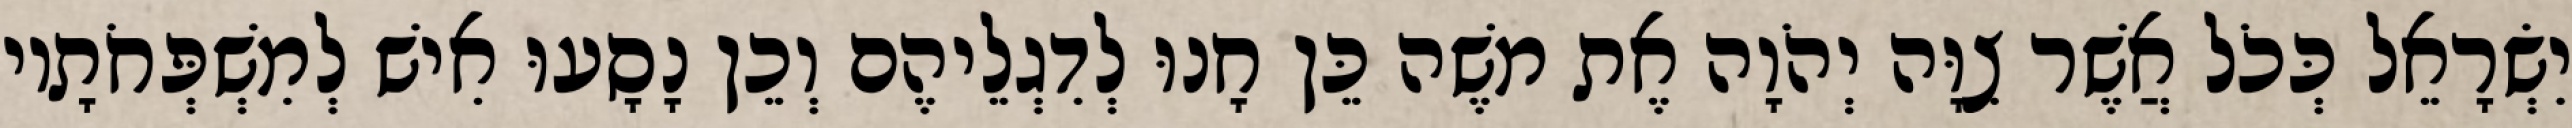
יִשְׂרָאֵל כְּכֹל אֲשֶׁר צִוָּה יְהֹוָה אֶת משֶׁה כֵּן חָנוּ לְדִגְלֵיהֶם וְכֵן נָסָעוּ אִישׁ לְמִשְׁפְּחֹתָיו